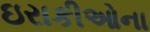
ઇરાકીઓના